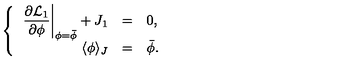
\left\{ \begin{array} { r c l } { \displaystyle \left. \frac { \partial { \cal L } _ { 1 } } { \partial \phi } \right| _ { \phi = \bar { \phi } } + J _ { 1 } } & { = } & { 0 , } \\ { \langle \phi \rangle _ { J } } & { = } & { \bar { \phi } . } \\ \end{array} \right.